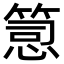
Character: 𥯱